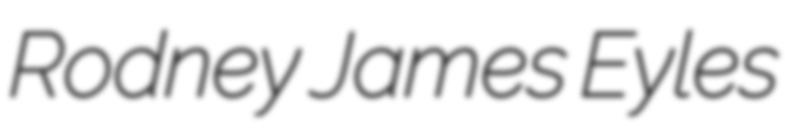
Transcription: Rodney James Eyles